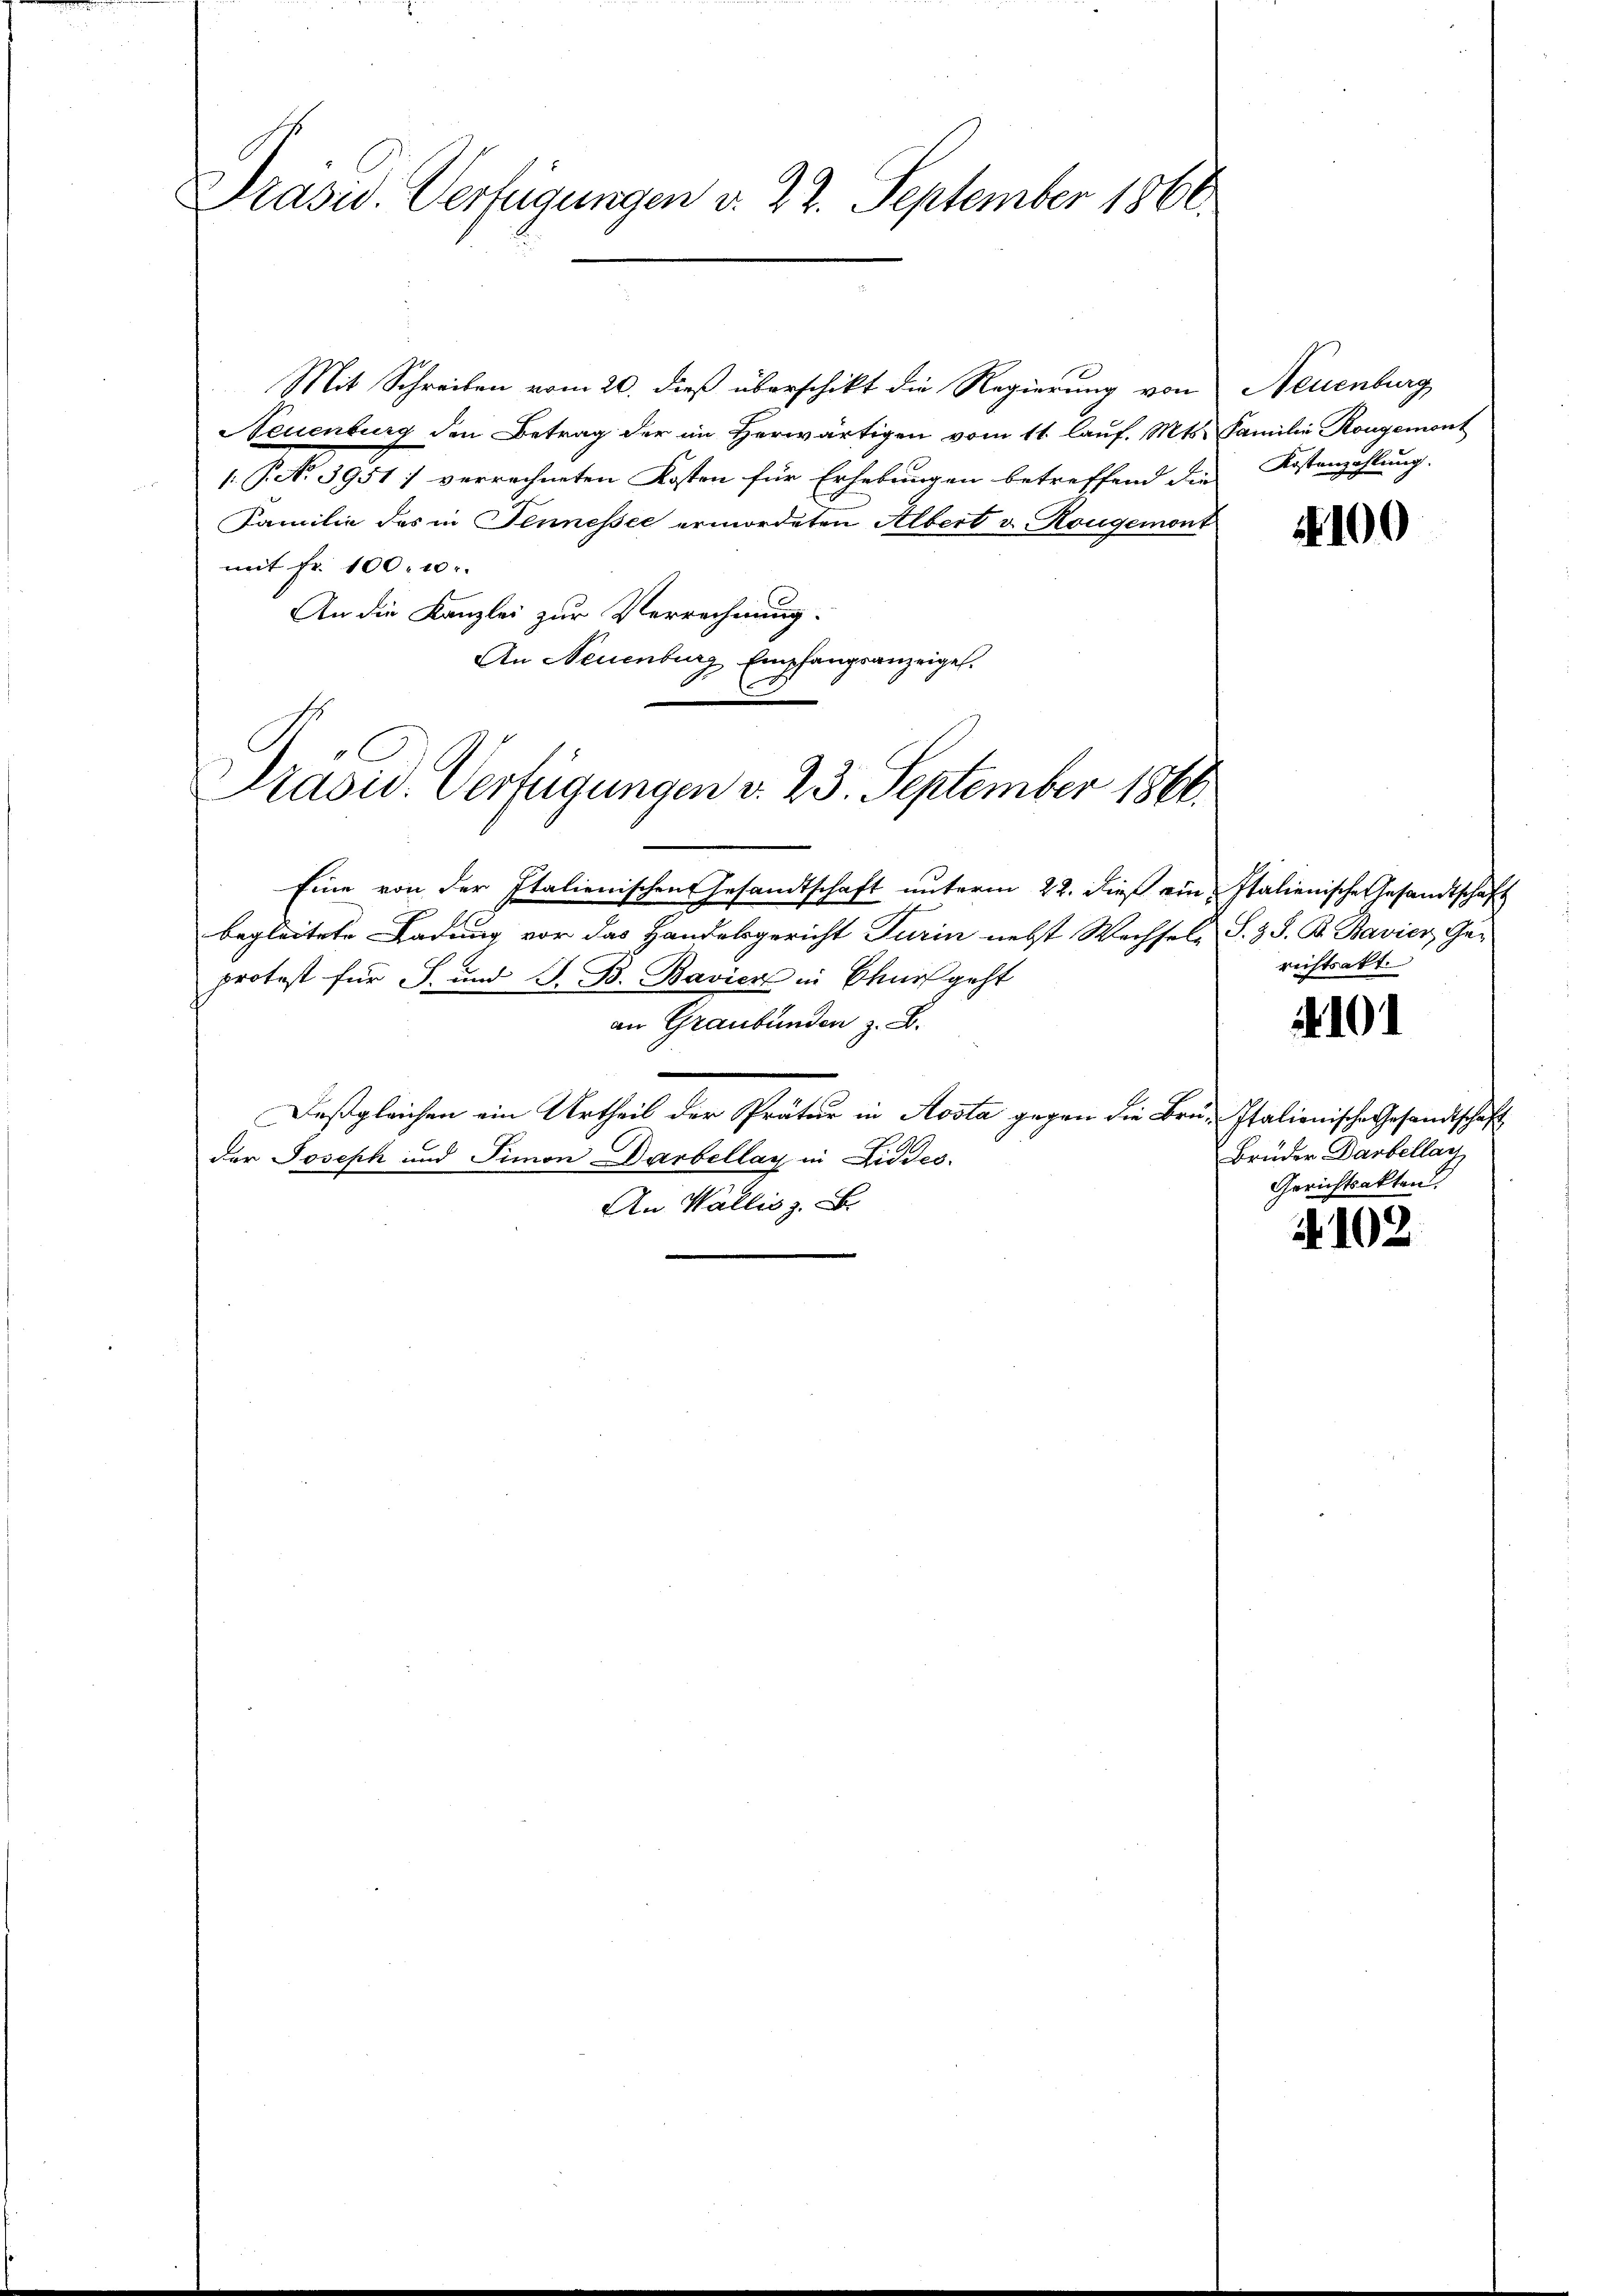
Präsid. Verfügungen v. 22. September 1866.

Mit Schreiben vom 20. dieß überschikt die Regierung von
Neuenburg den Betrag der im herwärtigen vom 11. laŭf. Mts. Familie Kongemont
 No 3951) verrechneten Kosten für Erhebungen betreffend die
Familie des in Jennessee ermordeten Albert u. Rougemont
mit Fr. 100. 10
An die Kanzlei zur Verrechnung.
An Neuenburg Empfangsanzeigel.

Präsid. Verfügungen v. 23. September 1866.

Eine von der Italienischen Gesandtschaft unterm 22. dieß ein Italienische Gesandtschaft
begleitete Ladung vor das Handelsgericht Turin nebst Wechsel. S. z. S. B. Bavier, Ge-
protest für J. und S. B. Bavier in Churf geht
an Graubünden z. B.
Deßgleichen ein Urtheil der Prätur in Aosta gegen die Bru-Italienische Gesandtschaft
der Joseph und Simon Darbellag in Liedes
An Wallis z. B.

Neuenburg
Kostenzählung.

100

richtsakt

4101

Brüder Darbellar
Gerichtsakten

102